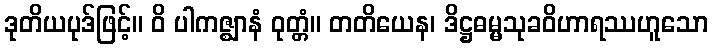
ဒုတိယပုဒ်ဖြင့်။ ဝိ ပါကဇ္ဈာနံ ဝုတ္တံ။ တတိယေန၊ ဒိဋ္ဌဓမ္မသုခဝိဟာရဿဟူသော